Vaccination in the Punjab 1867-1880 - 1867-1880
Year: 1867
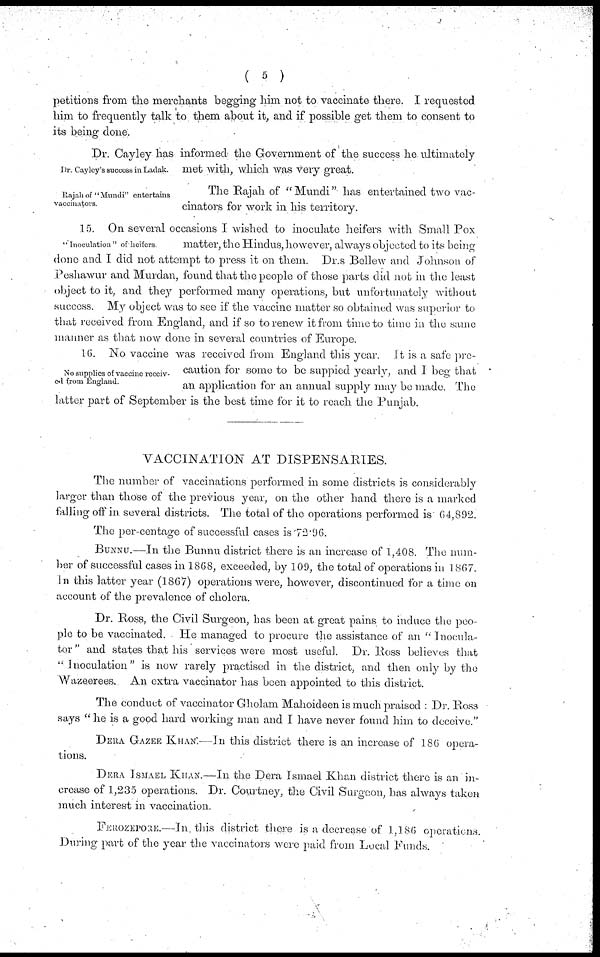
( 5 )
petitions from the merchants begging him not to vaccinate there. I requested
him to frequently talk to them about it, and if possible get them to consent to
its being done.
Dr. Caylcy's success in Ladak.
Dr. Cayley has informed the Government of the success he ultimately
met with, which was very great.
Rajah of "Mundi" entertains
vaccinators.
The Rajah of "Mundi" has entertained two vac-
cinators for work in his territory.
"Inoculation" of heifers
15. On several occasions I wished to inoculate heifers with Small Pox
matter, the Hindus, however, always objected to its being
done and I did not attempt to press it on them. Dr.s Bellew and Johnson of
Peshawur and Murdan, found that the people of those parts did not in the least
object to it, and they performed many operations, but unfortunately without
success. My object was to see if the vaccine matter so obtained was superior to
that received from England, and if so to renew it from time to time in the same
manner as that now done in several countries of Europe.
No supplies of vaccine receiv-
ed from England.
16. No vaccine was received from England this year. It is a safe pre-
caution for some to be suppied yearly, and I beg that
an application for an annual supply may be made. The
latter part of September is the best time for it to reach the Punjab.
VACCINATION AT DISPENSARIES.
The number of vaccinations performed in some districts is considerably
larger than those of the previous year, on the other hand there is a marked
falling off in several districts. The total of the operations performed is 64,892.
The per-centage of successful cases is 72.96.
BUNNU.—In the Bunnu district there is an increase of 1,408. The num-
ber of successful cases in 1868, exceeded, by 109, the total of operations in 1 867.
In this latter year (1867) operations were, however, discontinued for a time on
account of the prevalence of cholera.
Dr. Ross, the Civil Surgeon, has been at great pains to induce the peo-
ple to be vaccinated. He managed to procure the assistance of an "Inocula-
tor" and states that his services were most useful. Dr. Ross believes that
"Inoculation" is now rarely practised in the district, and then only by the
Wazeerees. An extra vaccinator has been appointed to this district.
The conduct of vaccinator Gholam Mahoideen is much praised : Dr. Ross
says "he is a good hard working man and I have never found him to deceive."
DERA GAZEE KHAN:—In this district there is an increase of 186 opera-
tions.
DERA ISMAEL KHAN.—In the Dera Ismael Khan district there is an in-
crease of 1,235 operations. Dr. Courtney, the Civil Surgeon, has always taken
much interest in vaccination.
FEROZEPORE.—In. this district there is a decrease of 1,186 operations.
During part of the year the vaccinators were paid from Local Funds.